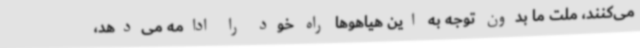
می‌کنند، ملت ما بدون توجه به این هیاهوها راه خود را ادامه می‌دهد،